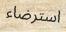
استرضاء